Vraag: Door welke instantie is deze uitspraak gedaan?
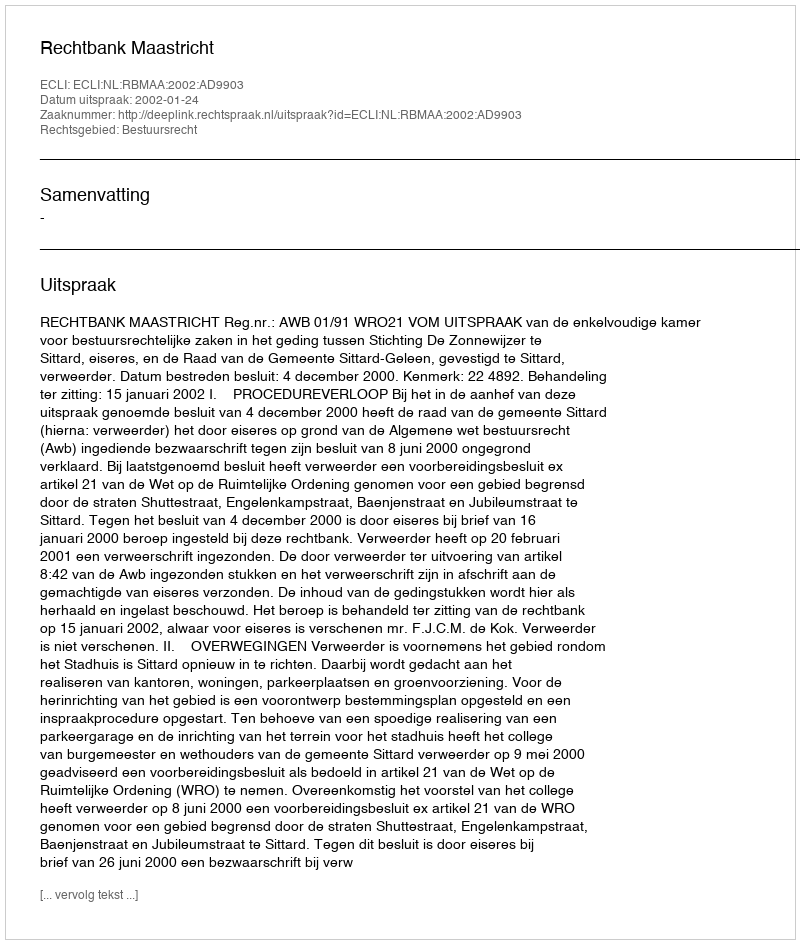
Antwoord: Rechtbank Maastricht